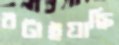
রটাইয়াছি